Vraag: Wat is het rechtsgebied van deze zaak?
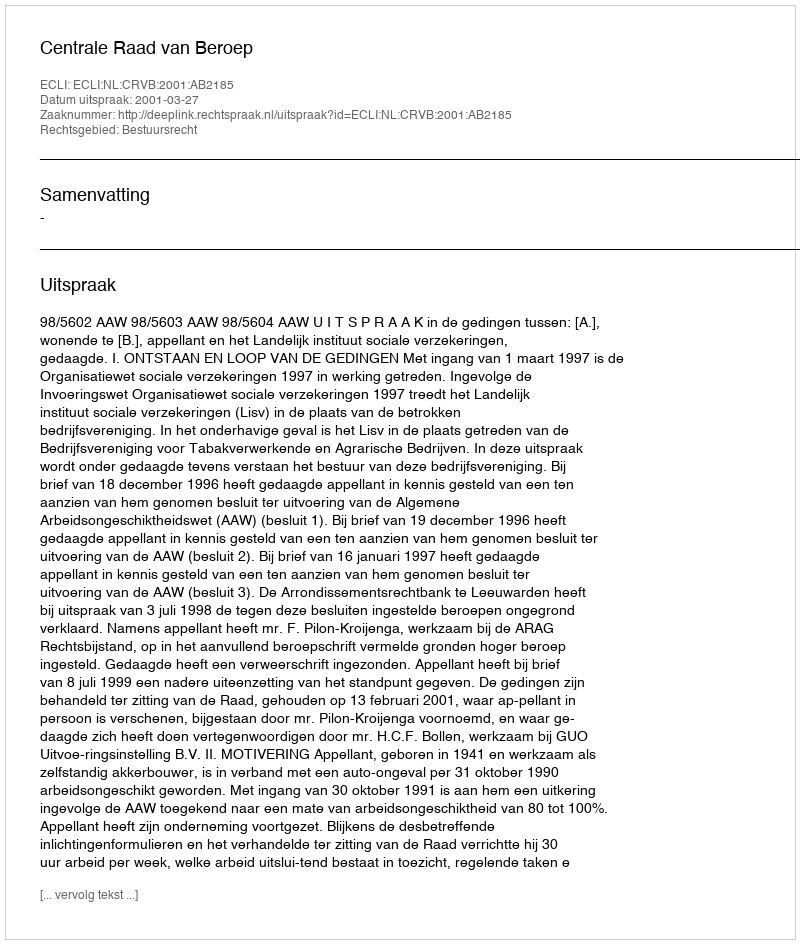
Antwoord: Bestuursrecht